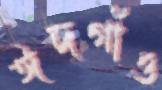
ঈদগাঁও